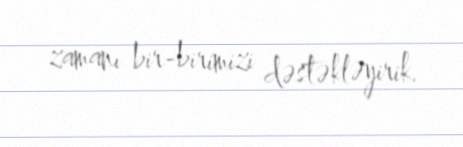
zamanı bir-birimizi dəstəkləyirik.